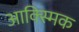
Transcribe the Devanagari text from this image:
आक्स्मिक